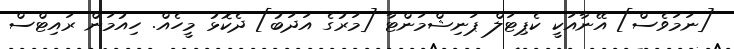
[ނަމަވެސް] އޭނާއަކީ ކެޕިޓަލް ޕަނިޝްމަންޓާ [މަރުގެ އަދަބު] ދެކޮޅު މީހެއް. ހިއުމަން ރައިޓްސް